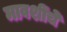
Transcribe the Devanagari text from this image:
मावशींचे